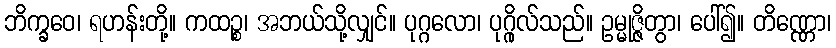
ဘိက္ခဝေ၊ ရဟန်းတို့။ ကထဉ္စ၊ အဘယ်သို့လျှင်။ ပုဂ္ဂလော၊ ပုဂ္ဂိုလ်သည်။ ဥမ္မုဇ္ဇိတွာ၊ ပေါ်၍။ တိဏ္ဏော၊